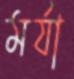
মর্যা